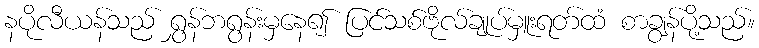
နပိုလီယန်သည် ရွှန်ဘရွန်းမှနေ၍ ပြင်သစ်ဗိုလ်ချုပ်မှူးရတ်ထံ စာချွန်ပို့သည်။